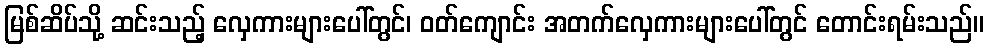
မြစ်ဆိပ်သို့ ဆင်းသည့် လှေကားများပေါ်တွင်၊ ဝတ်ကျောင်း အတက်လှေကားများပေါ်တွင် တောင်းရမ်းသည်။